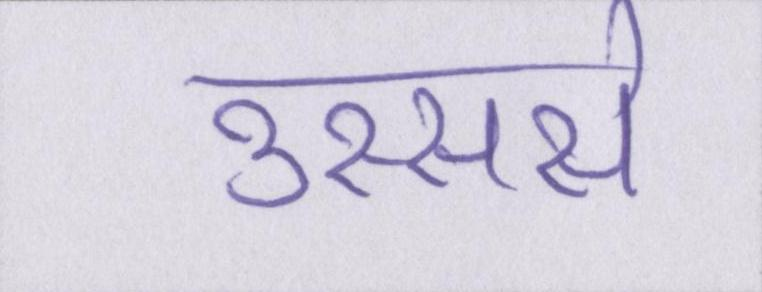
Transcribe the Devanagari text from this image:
उस्ससे